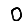
Digit: 0